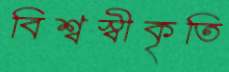
বিশ্বস্বীকৃতি